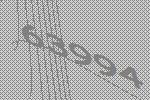
63994